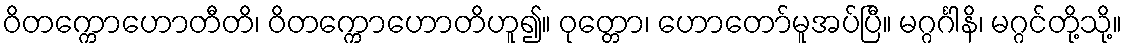
ဝိတက္ကောဟောတီတိ၊ ဝိတက္ကောဟောတိဟူ၍။ ဝုတ္တော၊ ဟောတော်မူအပ်ပြီ။ မဂ္ဂင်္ဂါနိ၊ မဂ္ဂင်တို့သို့။